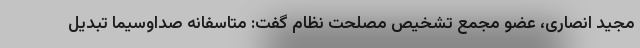
مجید انصاری، عضو مجمع تشخیص مصلحت نظام گفت: متاسفانه صداوسیما تبدیل